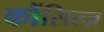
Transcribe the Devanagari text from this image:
कौंसिल्‍ज़